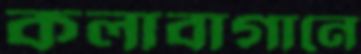
কলাবাগানে